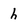
Character: h